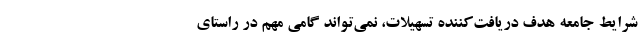
شرایط جامعه هدف دریافت‌کننده تسهیلات، نمی‌تواند گامی مهم در راستای